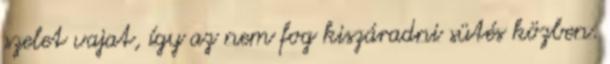
szelet vajat, így az nem fog kiszáradni sütés közben.